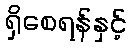
ရှိစေရန်နှင့်